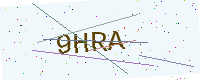
Text: 9HRA